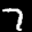
Label: 7